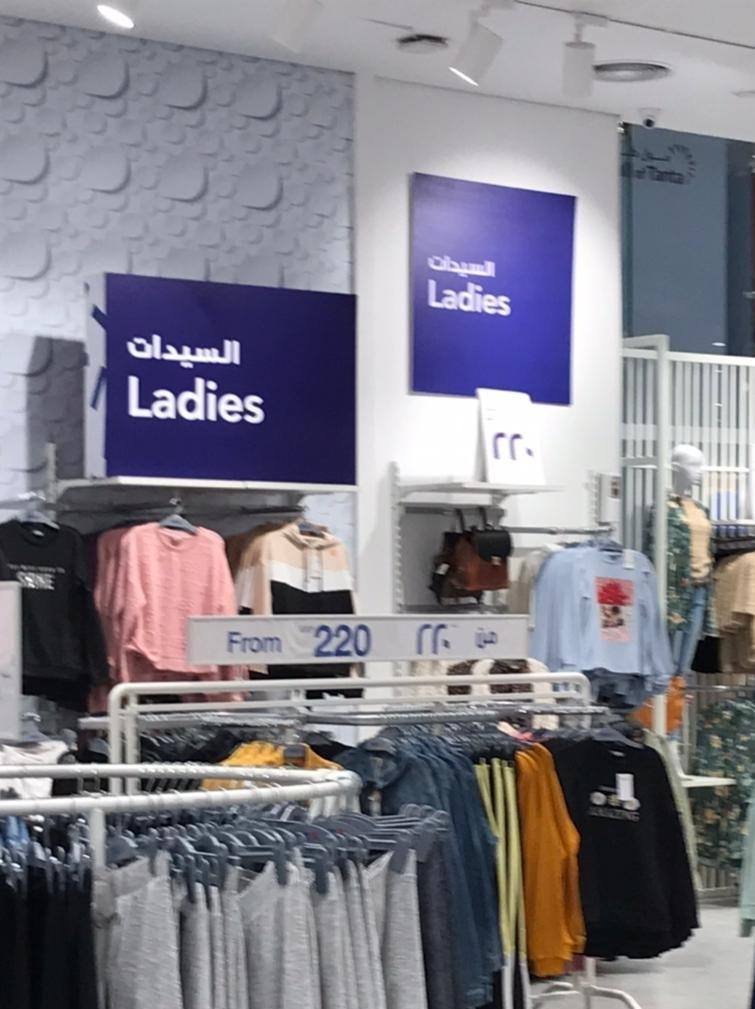
Text in image: السيدات السيدات من 220 Ladies Ladies 220 From